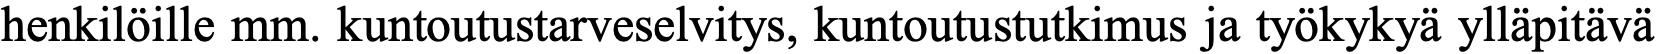
henkilöille mm. kuntoutustarveselvitys, kuntoutustutkimus ja työkykyä ylläpitävä